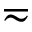
\eqsim